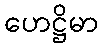
ဟေဋ္ဌိမာ